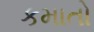
કમાતો